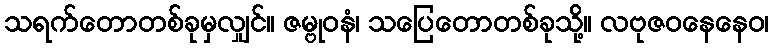
သရက်တောတစ်ခုမှလျှင်။ ဇမ္ဗုဝနံ၊ သပြေတောတစ်ခုသို့။ လဗုဇဝနေနေဝ၊